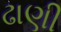
ઢાણી